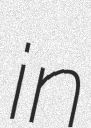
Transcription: in